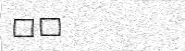
٣١